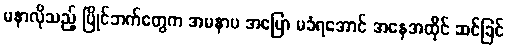
မနာလိုသည့် ပြိုင်ဘက်တွေက အမနာပ အပြော မခံရအောင် အနေအထိုင် ဆင်ခြင်